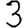
Digit: 3